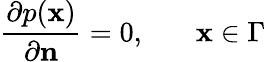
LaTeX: \frac{\partial p(\textbf{x})}{\partial\textbf{n}}=0,~~~~~~~\textbf{x}\in\Gamma